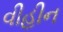
વીહીન